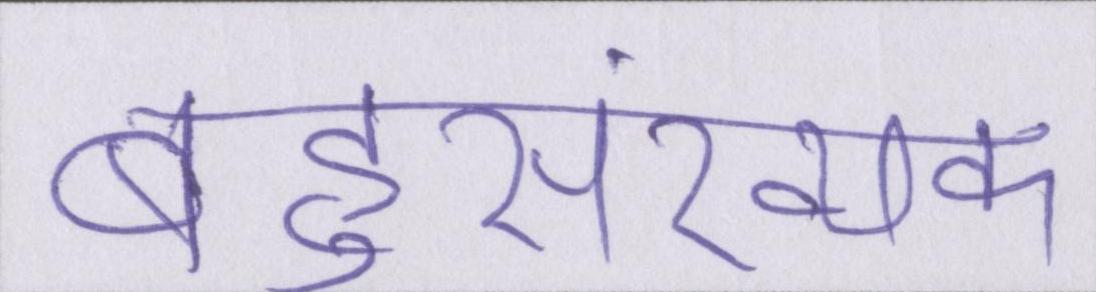
बहुसंख्यक